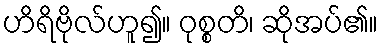
ဟိရိဗိုလ်ဟူ၍။ ဝုစ္စတိ၊ ဆိုအပ်၏။